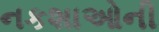
નકશાઓની